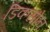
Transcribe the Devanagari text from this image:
डिकसोन